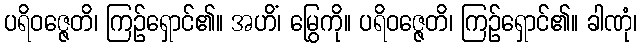
ပရိဝဇ္ဇေတိ၊ ကြဉ်ရှောင်၏။ အဟိံ၊ မြွေကို။ ပရိဝဇ္ဇေတိ၊ ကြဉ်ရှောင်၏။ ခါဏုံ၊